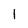
Character: 1